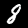
Label: 8